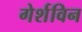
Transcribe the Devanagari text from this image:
गेर्शविन